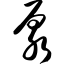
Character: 泵